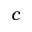
c